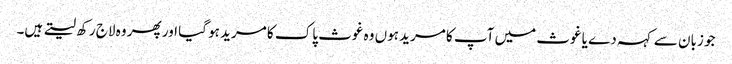
جو زبان سے کہہ دے یا غوث میں آپ کا مرید ہوں وہ غوث پاک کا مرید ہو گیا اور پھر وہ لاج رکھ لیتے ہیں۔